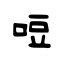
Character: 哣